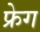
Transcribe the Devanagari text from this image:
फ्रेग